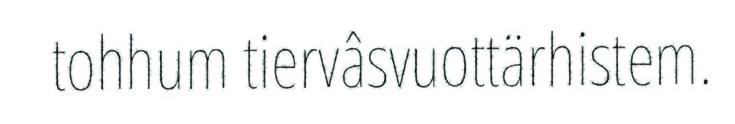
tohhum tiervâsvuottärhistem.